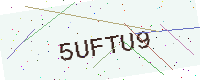
Text: 5UFTU9